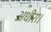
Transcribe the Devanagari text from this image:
अधीरा।